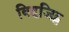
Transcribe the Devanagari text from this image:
विहजिट्स